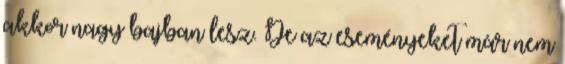
akkor nagy bajban lesz. De az eseményeket már nem